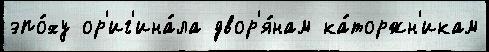
эпо́ху ор'иг'ина́ла двор'я́нам ка́торжн'икам